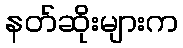
နတ်ဆိုးများက